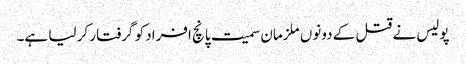
پولیس نے قتل کے دونوں ملزمان سمیت پانچ افراد کو گرفتار کر لیا ہے۔